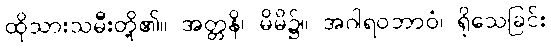
ထိုသားသမီးတို့၏။ အတ္တနိ၊ မိမိ၌။ အဂါရဝဘာဝံ၊ ရိုသေခြင်း